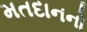
મતદાનનો